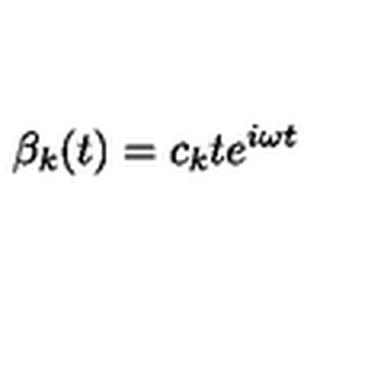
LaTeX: \beta _ { k } ( t ) = c _ { k } t e ^ { i \omega t }